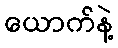
ယောက်နဲ့